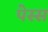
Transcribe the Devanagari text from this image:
पेस्स